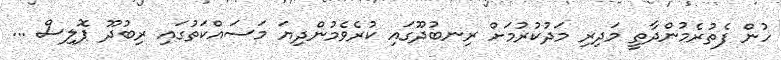
ހުން ފެތުރެމުންދާތީ މަދިރި މަދުކުރުމަށް ރިނބުދޫގައި ކުރެވެމުންދިޔަ މަސައްކަތުގައި ރިބުދޫ ޕޮލިސް ...